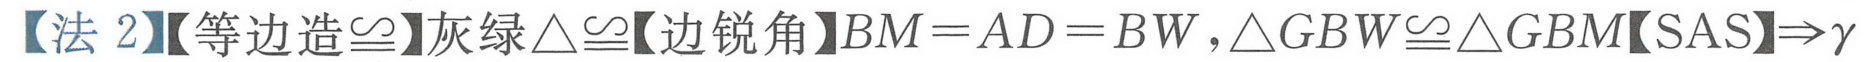
【法 2】【等边造$\cong$】灰绿$\triangle\cong$【边锐角】\(BM = AD = BW\)，\(\triangle GBW\cong\triangle GBM\)【SAS】\(\Rightarrow\gamma\)